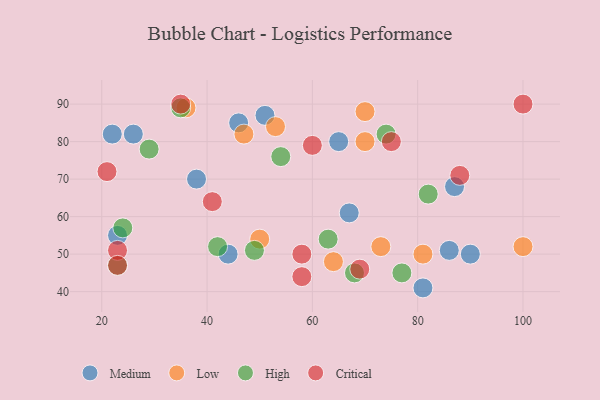
{"axis": {"x": "GDP", "y": "Life Expectancy"}, "legend": ["Critical", "High", "Low", "Medium"], "data": [{"x": "65", "y": 80, "type": "Medium"}, {"x": "67", "y": 61, "type": "Medium"}, {"x": "51", "y": 87, "type": "Medium"}, {"x": "26", "y": 82, "type": "Medium"}, {"x": "90", "y": 50, "type": "Medium"}, {"x": "81", "y": 41, "type": "Medium"}, {"x": "38", "y": 70, "type": "Medium"}, {"x": "22", "y": 82, "type": "Medium"}, {"x": "87", "y": 68, "type": "Medium"}, {"x": "46", "y": 85, "type": "Medium"}, {"x": "23", "y": 55, "type": "Medium"}, {"x": "44", "y": 50, "type": "Medium"}, {"x": "86", "y": 51, "type": "Medium"}, {"x": "70", "y": 80, "type": "Low"}, {"x": "100", "y": 52, "type": "Low"}, {"x": "64", "y": 48, "type": "Low"}, {"x": "36", "y": 89, "type": "Low"}, {"x": "81", "y": 50, "type": "Low"}, {"x": "70", "y": 88, "type": "Low"}, {"x": "47", "y": 82, "type": "Low"}, {"x": "53", "y": 84, "type": "Low"}, {"x": "73", "y": 52, "type": "Low"}, {"x": "50", "y": 54, "type": "Low"}, {"x": "77", "y": 45, "type": "High"}, {"x": "42", "y": 52, "type": "High"}, {"x": "68", "y": 45, "type": "High"}, {"x": "54", "y": 76, "type": "High"}, {"x": "24", "y": 57, "type": "High"}, {"x": "49", "y": 51, "type": "High"}, {"x": "74", "y": 82, "type": "High"}, {"x": "63", "y": 54, "type": "High"}, {"x": "35", "y": 89, "type": "High"}, {"x": "23", "y": 47, "type": "High"}, {"x": "82", "y": 66, "type": "High"}, {"x": "29", "y": 78, "type": "High"}, {"x": "100", "y": 90, "type": "Critical"}, {"x": "35", "y": 90, "type": "Critical"}, {"x": "23", "y": 51, "type": "Critical"}, {"x": "60", "y": 79, "type": "Critical"}, {"x": "88", "y": 71, "type": "Critical"}, {"x": "75", "y": 80, "type": "Critical"}, {"x": "58", "y": 50, "type": "Critical"}, {"x": "21", "y": 72, "type": "Critical"}, {"x": "23", "y": 47, "type": "Critical"}, {"x": "69", "y": 46, "type": "Critical"}, {"x": "58", "y": 44, "type": "Critical"}, {"x": "41", "y": 64, "type": "Critical"}]}